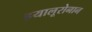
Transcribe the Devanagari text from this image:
हयालूरोनान